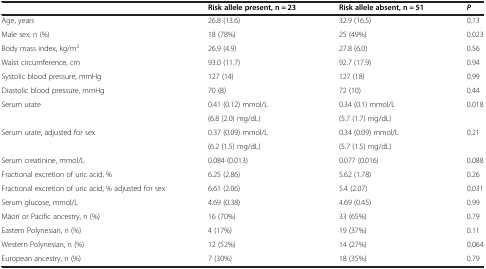
|  | Risk allele present, n = 23 | Risk allele absent, n = 51 | P |
 | --- | --- | --- | --- |
 | Age, years | 26.8 (13.6) | 32.9 (16.5) | 0.13 |
 | Male sex, n (%) | 18 (78%) | 25 (49%) | 0.023 |
 | Body mass index, kg/m2 | 26.9 (4.9) | 27.8 (6.0) | 0.56 |
 | Waist circumference, cm | 93.0 (11.7) | 92.7 (17.9) | 0.94 |
 | Systolic blood pressure, mmHg | 127 (14) | 127 (18) | 0.99 |
 | Diastolic blood pressure, mmHg | 70 (8) | 72 (10) | 0.44 |
 | <ROWSPAN=2> Serum urate | 0.41 (0.12) mmol/L | 0.34 (0.1) mmol/L | <ROWSPAN=2> 0.018 |
 | (6.8 (2.0) mg/dL) | (5.7 (1.7) mg/dL) |
 | <ROWSPAN=2> Serum urate, adjusted for sex | 0.37 (0.09) mmol/L | 0.34 (0.09) mmol/L | <ROWSPAN=2> 0.21 |
 | (6.2 (1.5) mg/dL) | (5.7 (1.5) mg/dL) |
 | Serum creatinine, mmol/L | 0.084 (0.013) | 0.077 (0.016) | 0.088 |
 | Fractional excretion of uric acid, % | 6.25 (2.86) | 5.62 (1.78) | 0.26 |
 | Fractional excretion of uric acid, % adjusted for sex | 6.61 (2.06) | 5.4 (2.07) | 0.031 |
 | Serum glucose, mmol/L | 4.69 (0.38) | 4.69 (0.45) | 0.99 |
 | Māori or Pacific ancestry, n (%) | 16 (70%) | 33 (65%) | 0.79 |
 | Eastern Polynesian, n (%) | 4 (17%) | 19 (37%) | 0.11 |
 | Western Polynesian, n (%) | 12 (52%) | 14 (27%) | 0.064 |
 | European ancestry, n (%) | 7 (30%) | 18 (35%) | 0.79 |